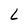
Character: L